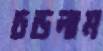
চড়লাম